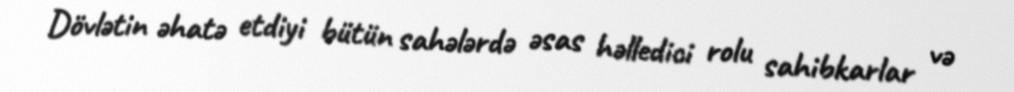
Dövlətin əhatə etdiyi bütün sahələrdə əsas həlledici rolu sahibkarlar və